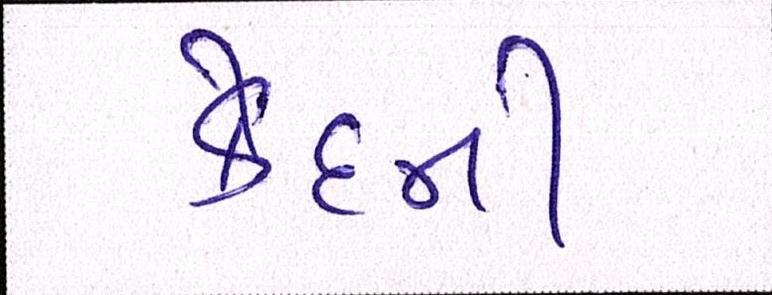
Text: કેદની